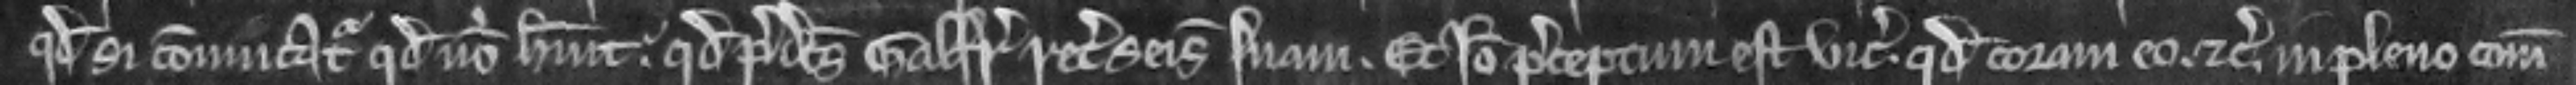
quod si convincatur quod non habuit. quod predictus Galfridus recuperet seisinam suam. Et ideo preceptum est vicecomiti. quod coram eo. etc. in pleno comitatu